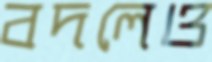
বদলেও